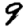
Digit: 9